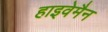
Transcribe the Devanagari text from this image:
हाइवेमैन